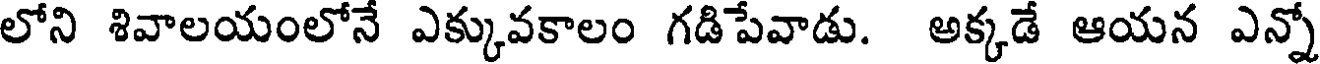
లోని శివాలయంలోనే ఎక్కువకాలం గడిపేవాడు. అక్కడే ఆయన ఎన్నో